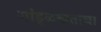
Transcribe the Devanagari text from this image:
गांडूळखताचा